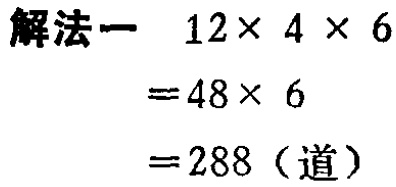
```
解法一 \(12\times 4\times 6\)
\(=48\times 6\)
\(=288\)（道）
```